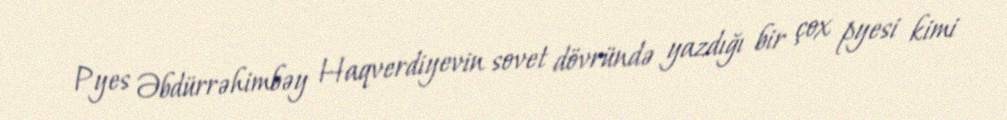
Pyes Əbdürrəhimbəy Haqverdiyevin sovet dövründə yazdığı bir çox pyesi kimi